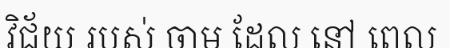
វិជ័យ របស់ ចាម ដែល នៅ ពេល